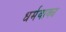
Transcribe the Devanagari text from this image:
धर्मवाक्य